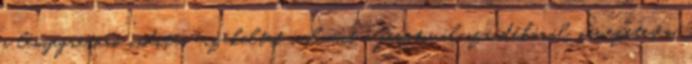
a lényegretörő indítás érzékeltet valamit a fesztivál szándékáról, nevezetesen,